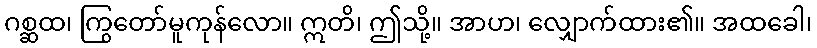
ဂစ္ဆထ၊ ကြွတော်မူကုန်လော။ ဣတိ၊ ဤသို့။ အာဟ၊ လျှောက်ထား၏။ အထခေါ၊